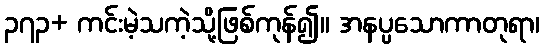
၃၇၃+ ကင်းမဲ့သကဲ့သို့ဖြစ်ကုန်၍။ အနပ္ပသောကာတုရာ၊